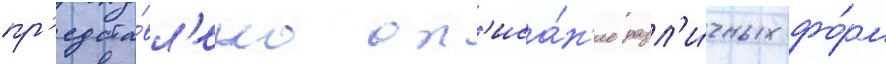
пр'едста́вл'ено оп'иса́н'ие разл'и́чных фо́рм